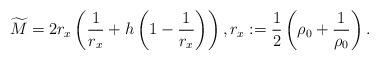
LaTeX: \begin{align*}\widetilde M = 2 r_x \left( \frac{1}{r_x} + h \left( 1 - \frac{1}{r_x}\right)\right), r_x:= \frac{1}{2} \left(\rho_0 + \frac{1}{\rho_0}\right). \end{align*}